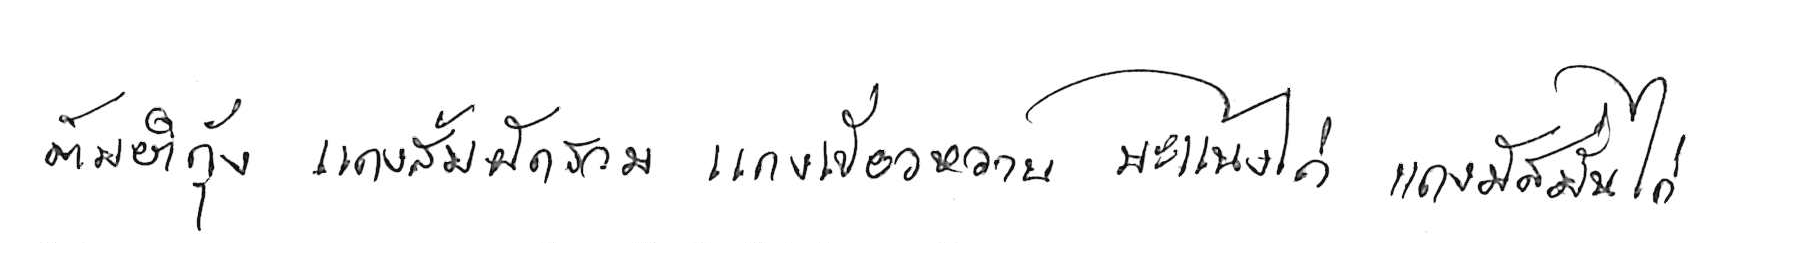
ต้มยำกุ้ง แกงส้มผักรวม แกงเขียวหวาน พะแนงไก่ แกงมัสมั่นไก่